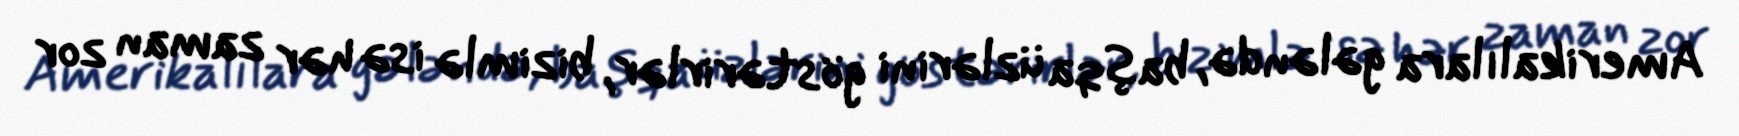
Amerikalılara gələndə, başqa üzlərini göstərirlər, bizimlə isə hər zaman zor